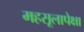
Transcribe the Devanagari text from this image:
महसूलापेक्षा